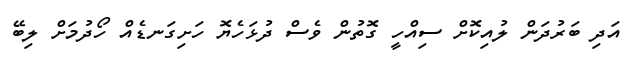
އަދި ބަރުދަން ލުއިކޮށް ސިއްހީ ގޮތުން ވެސް ދުޅަހެޔޮ ހަށިގަނޑެއް ހޯދުމަށް ލިބޭ